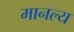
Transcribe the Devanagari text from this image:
मानल्य